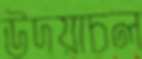
উদয়াচল